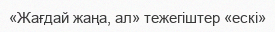
«Жағдай жаңа, ал» тежегіштер «ескі»